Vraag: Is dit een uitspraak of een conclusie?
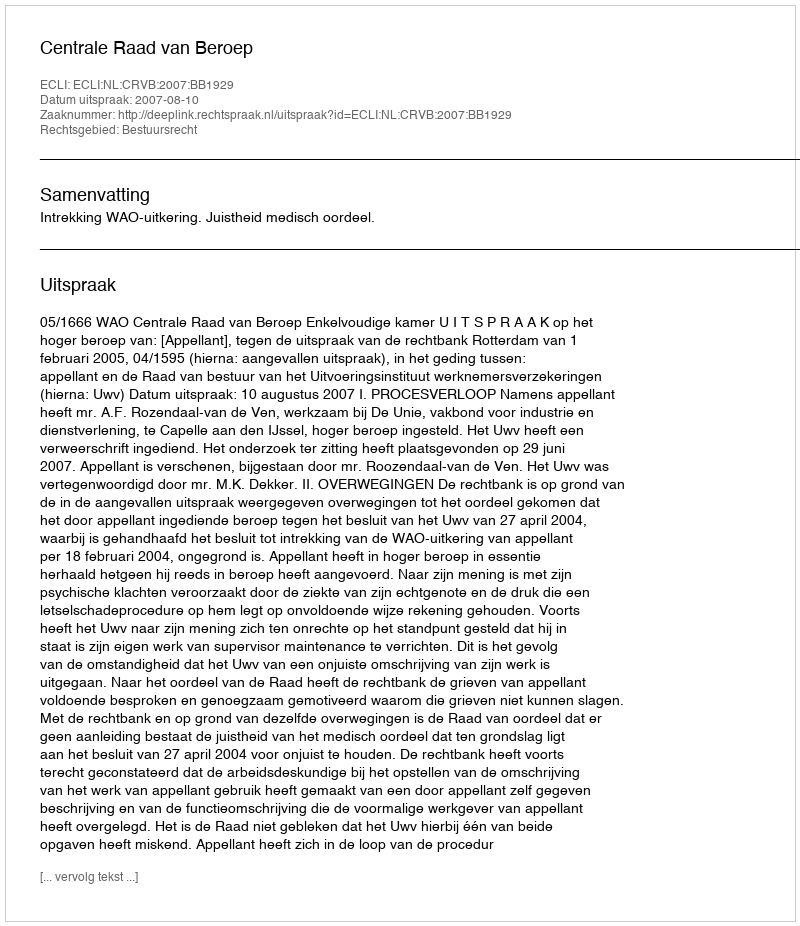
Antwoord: Uitspraak